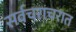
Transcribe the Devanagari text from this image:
सर्वचराचरात